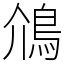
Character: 䲸